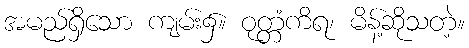
အမည်ရှိသော ကျမ်း၌။ ဝုတ္တံကိရ၊ မိန့်ဆိုသတဲ့။